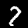
Label: 7